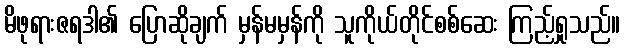
မိဖုရားဇရဒါ၏ ပြောဆိုချက် မှန်မမှန်ကို သူကိုယ်တိုင်စစ်ဆေး ကြည့်ရှုသည်။